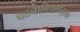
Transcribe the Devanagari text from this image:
घटनानियमांनुसार